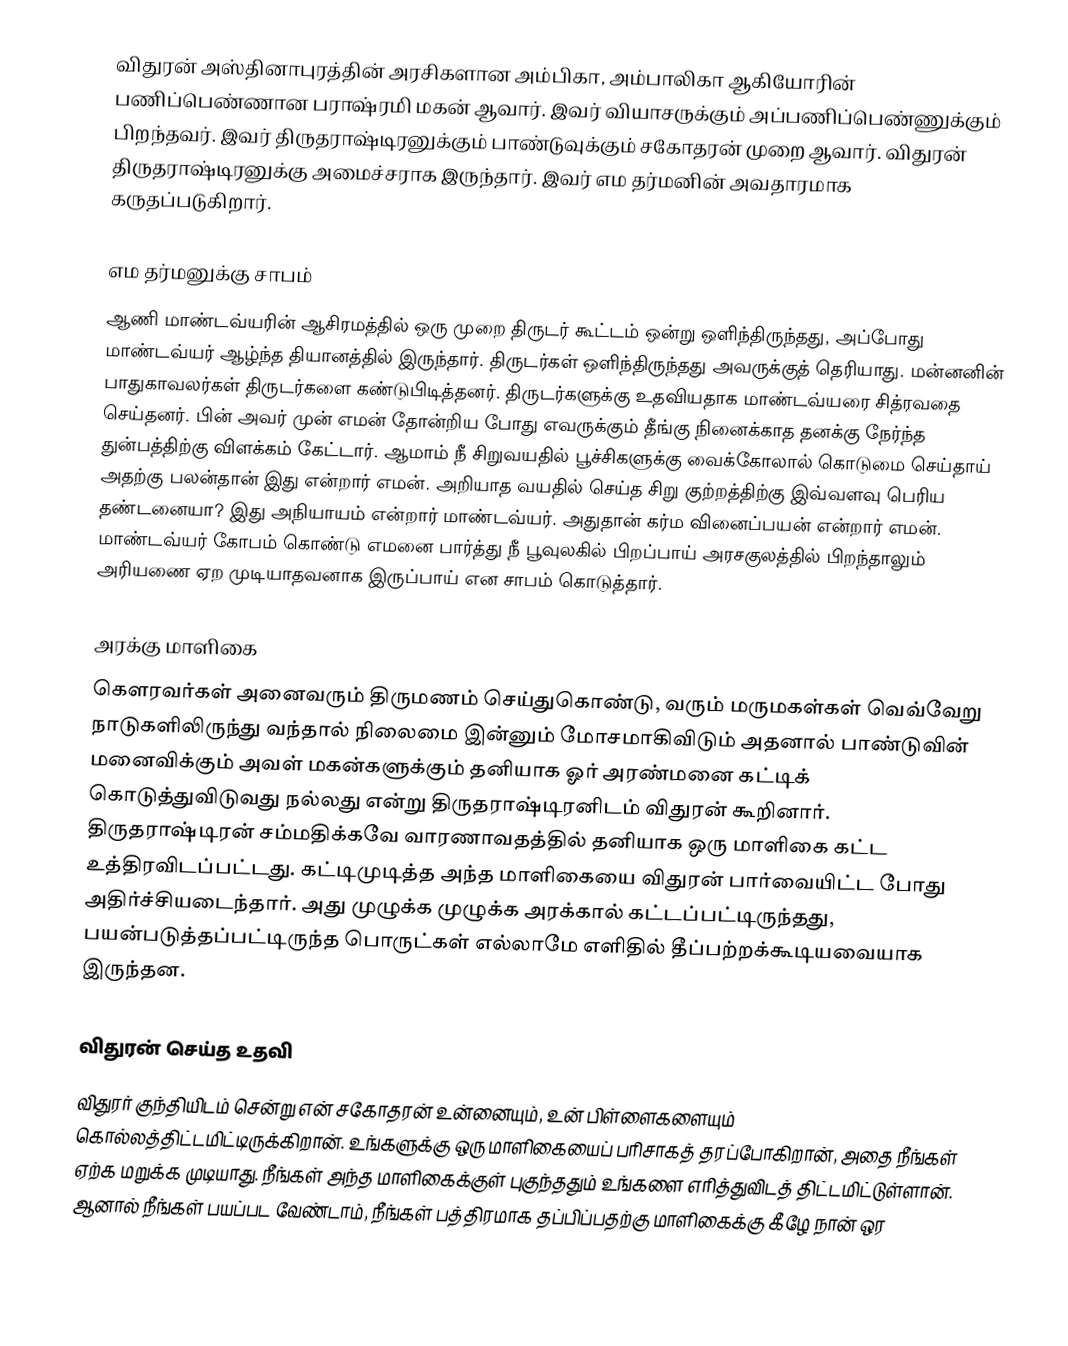
விதுரன் அஸ்தினாபுரத்தின் அரசிகளான அம்பிகா, அம்பாலிகா ஆகியோரின் பணிப்பெண்ணான பராஷ்ரமி மகன் ஆவார். இவர் வியாசருக்கும் அப்பணிப்பெண்ணுக்கும் பிறந்தவர். இவர் திருதராஷ்டிரனுக்கும் பாண்டுவுக்கும் சகோதரன் முறை ஆவார். விதுரன் திருதராஷ்டிரனுக்கு  அமைச்சராக இருந்தார். இவர் எம தர்மனின் அவதாரமாக கருதப்படுகிறார்.

எம தர்மனுக்கு சாபம்
ஆணி மாண்டவ்யரின் ஆசிரமத்தில் ஒரு முறை திருடர் கூட்டம் ஒன்று ஒளிந்திருந்தது, அப்போது மாண்டவ்யர் ஆழ்ந்த தியானத்தில் இருந்தார். திருடர்கள் ஒளிந்திருந்தது அவருக்குத் தெரியாது. மன்னனின் பாதுகாவலர்கள் திருடர்களை கண்டுபிடித்தனர். திருடர்களுக்கு உதவியதாக மாண்டவ்யரை சித்ரவதை செய்தனர். பின் அவர் முன் எமன் தோன்றிய போது எவருக்கும் தீங்கு நினைக்காத தனக்கு நேர்ந்த துன்பத்திற்கு விளக்கம் கேட்டார். ஆமாம் நீ சிறுவயதில் பூச்சிகளுக்கு வைக்கோலால் கொடுமை செய்தாய் அதற்கு பலன்தான் இது என்றார் எமன். அறியாத வயதில் செய்த சிறு குற்றத்திற்கு இவ்வளவு பெரிய தண்டனையா? இது அநியாயம் என்றார் மாண்டவ்யர். அதுதான் கர்ம வினைப்பயன் என்றார் எமன். மாண்டவ்யர் கோபம் கொண்டு எமனை பார்த்து நீ பூவுலகில் பிறப்பாய் அரசகுலத்தில் பிறந்தாலும் அரியணை ஏற முடியாதவனாக இருப்பாய் என சாபம் கொடுத்தார்.

அரக்கு மாளிகை
கௌரவர்கள் அனைவரும் திருமணம் செய்துகொண்டு, வரும் மருமகள்கள் வெவ்வேறு நாடுகளிலிருந்து வந்தால் நிலைமை இன்னும் மோசமாகிவிடும் அதனால் பாண்டுவின் மனைவிக்கும் அவள் மகன்களுக்கும் தனியாக ஓர் அரண்மனை கட்டிக் கொடுத்துவிடுவது நல்லது என்று திருதராஷ்டிரனிடம் விதுரன் கூறினார். திருதராஷ்டிரன் சம்மதிக்கவே வாரணாவதத்தில் தனியாக ஒரு மாளிகை கட்ட உத்திரவிடப்பட்டது. கட்டிமுடித்த அந்த மாளிகையை விதுரன் பார்வையிட்ட போது அதிர்ச்சியடைந்தார். அது முழுக்க முழுக்க அரக்கால் கட்டப்பட்டிருந்தது, பயன்படுத்தப்பட்டிருந்த பொருட்கள் எல்லாமே எளிதில் தீப்பற்றக்கூடியவையாக இருந்தன.

விதுரன் செய்த உதவி
விதுரர் குந்தியிடம் சென்று என் சகோதரன் உன்னையும், உன் பிள்ளைகளையும் கொல்லத்திட்டமிட்டிருக்கிறான். உங்களுக்கு ஒரு மாளிகையைப் பரிசாகத் தரப்போகிறான், அதை நீங்கள் ஏற்க மறுக்க முடியாது. நீங்கள் அந்த மாளிகைக்குள் புகுந்ததும் உங்களை எரித்துவிடத் திட்டமிட்டுள்ளான். ஆனால் நீங்கள் பயப்பட வேண்டாம், நீங்கள் பத்திரமாக தப்பிப்பதற்கு மாளிகைக்கு கீழே நான் ஒர